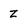
Character: z